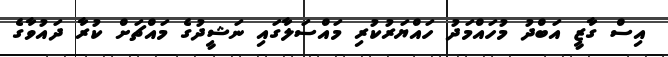
އިސް ގާޒީ އަބްދު މުހައްމަދު ހައްޔަރުކުރި މައްސަލާގައި ނަޝީދުގެ މައްޗަށް ކުރާ ދައުވާގެ